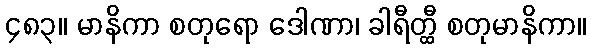
၄၈၃။ မာနိကာ စတုရော ဒေါဏာ၊ ခါရီတ္ထီ စတုမာနိကာ။